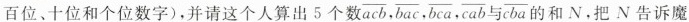
百位、十位和个位数字)，并请这个人算出5个数 \overline{acb}, \overline{bac}, \overline{bca}, \overline{cab}与\overline{cba}的和N,把N告诉魔